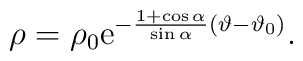
\rho=\rho_0{\rm e}^{-{1+\cos\alpha\over \sin \alpha}(\vartheta-\vartheta_0)}.